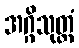
အဂ္ဂိသုတ္တံ